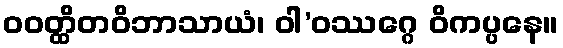
ဝဝတ္ထိတဝိဘာသာယံ၊ ဝါ’ဝဿဂ္ဂေ ဝိကပ္ပနေ။